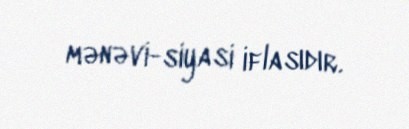
mənəvi-siyasi iflasıdır.